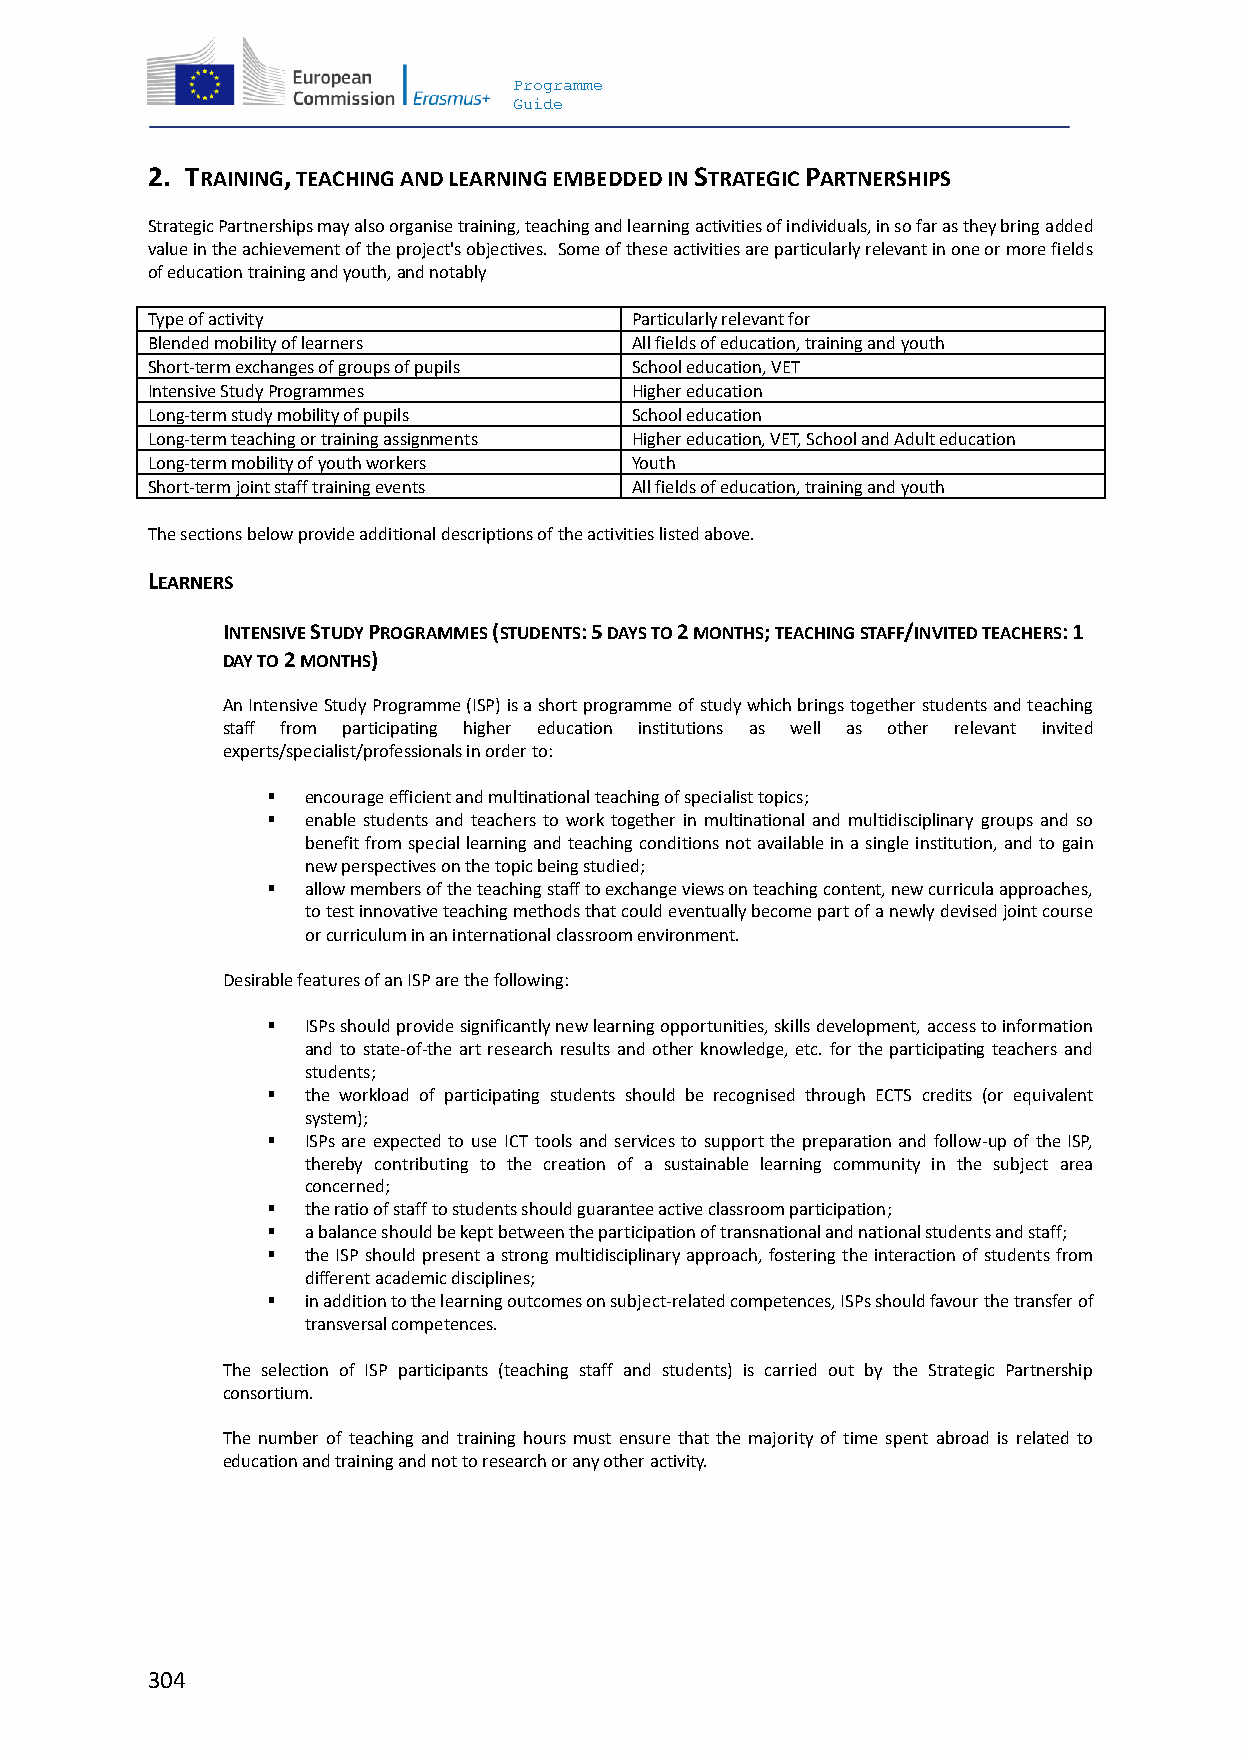
Programme
 Guide
 2. TRAINING, TEACHING AND LEARNING EMBEDDED IN STRATEGIC PARTNERSHIPS
 Strategic Partnerships may also organise training, teaching and learning activities of individuals, in so far as they bring added
 value in the achievement of the project's objectives. Some of these activities are particularly relevant in one or more fields
 of education training and youth, and notably
 Type of activity                Particularly relevant for
 Blended mobility of learners    All fields of education, training and youth
 Short-term exchanges of groups of pupils School education, VET
 Intensive Study Programmes      Higher education
 Long-term study mobility of pupils School education
 Long-term teaching or training assignments Higher education, VET, School and Adult education
 Long-term mobility of youth workers Youth
 Short-term joint staff training events All fields of education, training and youth
 The sections below provide additional descriptions of the activities listed above.
 LEARNERS
 INTENSIVE STUDY PROGRAMMES (STUDENTS: 5 DAYS TO 2 MONTHS; TEACHING STAFF/INVITED TEACHERS: 1
 DAY TO 2 MONTHS)
 An Intensive Study Programme (ISP) is a short programme of study which brings together students and teaching
 staff from participating higher education institutions as well as other relevant invited
 experts/specialist/professionals in order to:
  encourage efficient and multinational teaching of specialist topics;
  enable students and teachers to work together in multinational and multidisciplinary groups and so
 benefit from special learning and teaching conditions not available in a single institution, and to gain
 new perspectives on the topic being studied;
  allow members of the teaching staff to exchange views on teaching content, new curricula approaches,
 to test innovative teaching methods that could eventually become part of a newly devised joint course
 or curriculum in an international classroom environment.
 Desirable features of an ISP are the following:
  ISPs should provide significantly new learning opportunities, skills development, access to information
 and to state-of-the art research results and other knowledge, etc. for the participating teachers and
 students;
  the workload of participating students should be recognised through ECTS credits (or equivalent
 system);
  ISPs are expected to use ICT tools and services to support the preparation and follow-up of the ISP,
 thereby contributing to the creation of a sustainable learning community in the subject area
 concerned;
  the ratio of staff to students should guarantee active classroom participation;
  a balance should be kept between the participation of transnational and national students and staff;
  the ISP should present a strong multidisciplinary approach, fostering the interaction of students from
 different academic disciplines;
  in addition to the learning outcomes on subject-related competences, ISPs should favour the transfer of
 transversal competences.
 The selection of ISP participants (teaching staff and students) is carried out by the Strategic Partnership
 consortium.
 The number of teaching and training hours must ensure that the majority of time spent abroad is related to
 education and training and not to research or any other activity.
 304